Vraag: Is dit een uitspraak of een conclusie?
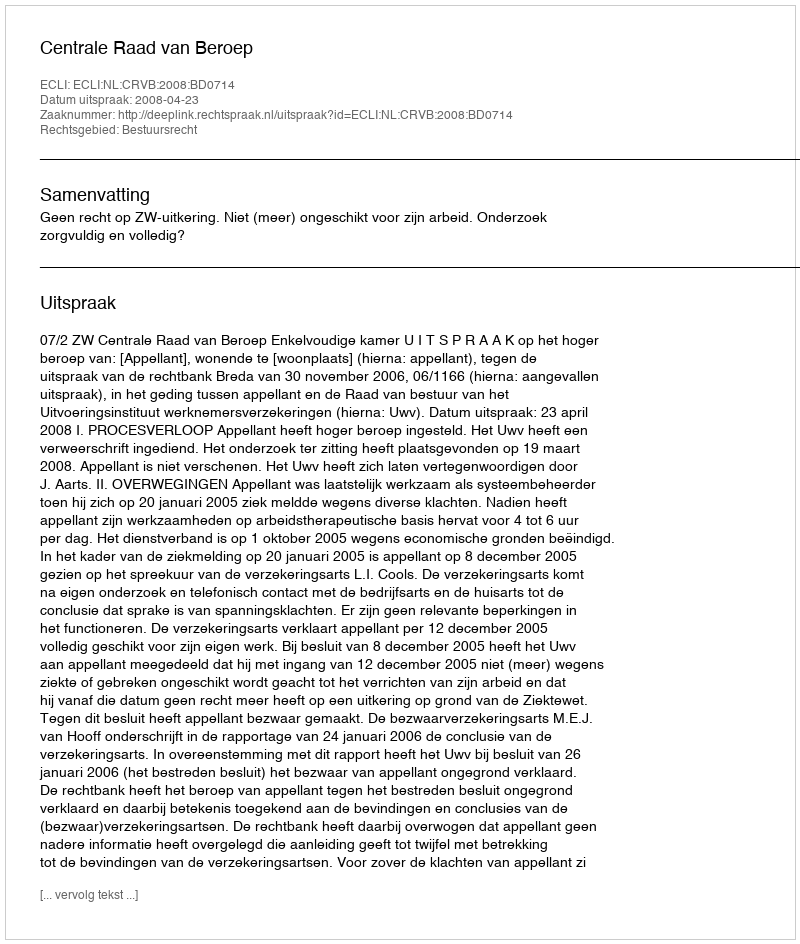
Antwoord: Uitspraak